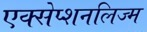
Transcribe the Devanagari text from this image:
एक्सेप्शनलिज्म